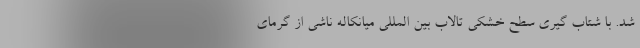
شد. با شتاب گیری سطح خشکی تالاب بین المللی میانکاله ناشی از گرمای